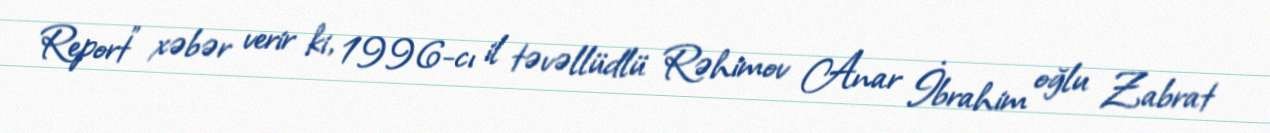
Report" xəbər verir ki, 1996-cı il təvəllüdlü Rəhimov Anar İbrahim oğlu Zabrat